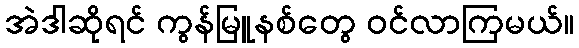
အဲဒါဆိုရင် ကွန်မြူနစ်တွေ ဝင်လာကြမယ်။